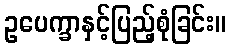
ဥပေက္ခာနှင့်ပြည့်စုံခြင်း။